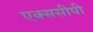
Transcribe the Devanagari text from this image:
एक्ससीपी